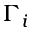
\Gamma _ { i }